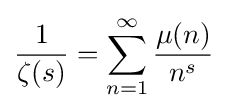
{\frac {1}{\zeta (s)}}=\sum _{n=1}^{\infty }{\frac {\mu (n)}{n^{s}}}